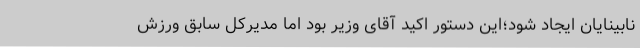
نابینایان ایجاد شود؛این دستور اکید آقای وزیر بود اما مدیرکل سابق ورزش